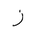
Letter: _zay